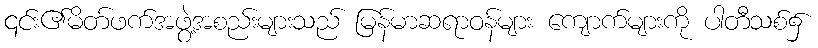
၎င်း၏မိတ်ဖက်အဖွဲ့အစည်းများသည် မြန်မာဆရာဝန်များ ကျောက်များကို ပါတီသစ်၌